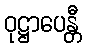
ဝုဋ္ဌာပေန္တီ